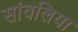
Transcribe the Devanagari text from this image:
सांवलिया